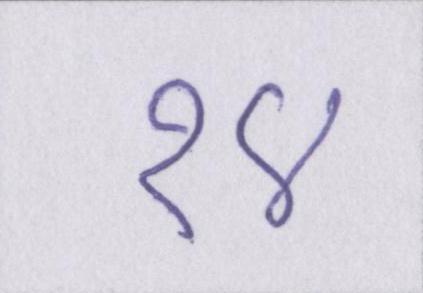
१४